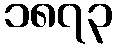
၁၈၇၃